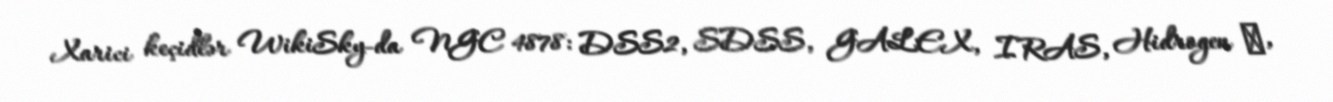
Xarici keçidlər WikiSky-da NGC 4878: DSS2, SDSS, GALEX, IRAS, Hidrogen α,